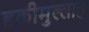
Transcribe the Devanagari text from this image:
हकीमुल्लाह